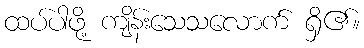
ထပ်ပါဖို့ ကျိန်းသေသလောက် ရှိ၏။